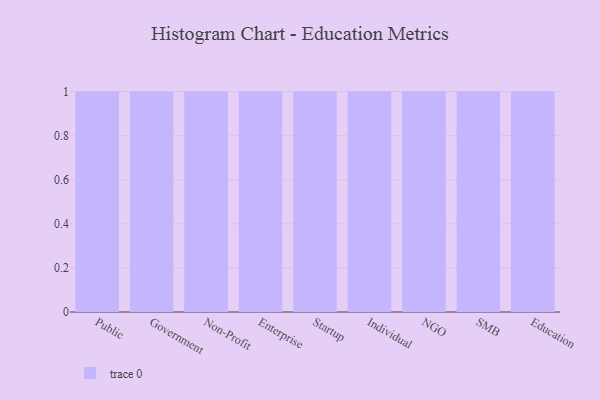
{"axis": {"x": "Segment", "y": "Humidity (%)"}, "legend": [""], "data": [{"x": "Public", "y": 87, "type": ""}, {"x": "Government", "y": 79, "type": ""}, {"x": "Non-Profit", "y": 58, "type": ""}, {"x": "Enterprise", "y": 90, "type": ""}, {"x": "Startup", "y": 97, "type": ""}, {"x": "Individual", "y": 72, "type": ""}, {"x": "NGO", "y": 45, "type": ""}, {"x": "SMB", "y": 29, "type": ""}, {"x": "Education", "y": 32, "type": ""}]}